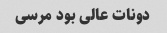
دونات عالی بود مرسی